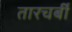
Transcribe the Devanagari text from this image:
तारचर्बी